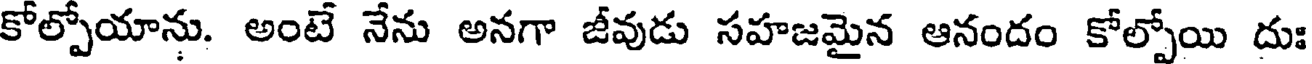
కోల్పోయాను. అంటే నేను అనగా జీవుడు సహజమైన ఆనందం కోల్పోయి దుః